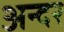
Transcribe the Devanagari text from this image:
अन्दर